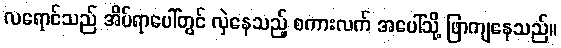
လရောင်သည် အိပ်ရာပေါ်တွင် လှဲနေသည့် စကားလက် အပေါ်သို့ ဖြာကျနေသည်။